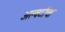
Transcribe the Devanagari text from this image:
अल्बर्टाचा